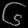
Digit: ၆